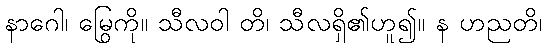
နာဂေါ၊ မြွေကို။ သီလဝါ တိ၊ သီလရှိ၏ဟူ၍။ န ဟညတိ၊